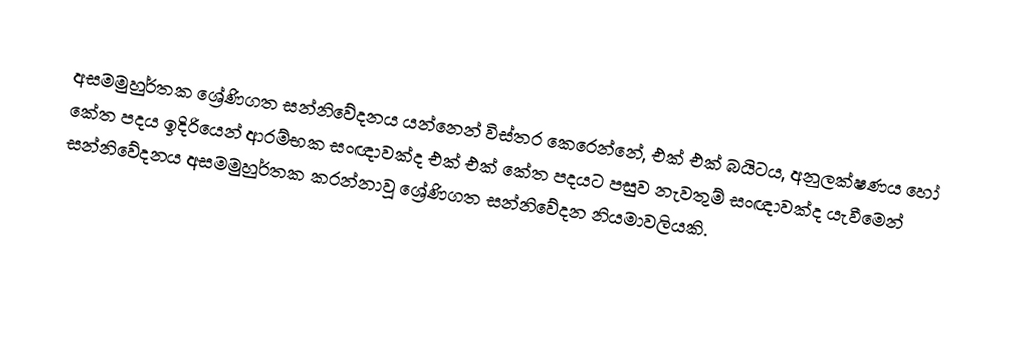
අසමමුහුර්තක ශ්‍රේණිගත සන්නිවේදනය යන්නෙන් විස්තර කෙරෙන්නේ, එක් එක් බයිටය, අනුලක්ෂණය හෝ කේත පදය ඉදිරියෙන් ආරම්භක සංඥාවක්ද එක් එක් කේත පදයට පසුව නැවතුම් සංඥාවක්ද යැවීමෙන් සන්නිවේදනය   අසමමුහුර්තක කරන්නාවූ ශ්‍රේණිගත සන්නිවේදන නියමාවලියකි.